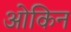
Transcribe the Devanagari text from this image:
ओकिन